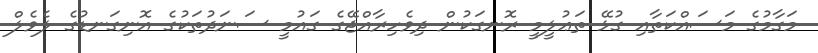
މަގާމުގެ މަސައްކަތާއި ގުޅޭ ތަޢުލީމީ ރޮނގަކުން ދިވެހިރާއްޖޭގެ ގައުމީ ސަނަދުތަކުގެ އޮނިގަނޑުގެ ލެވެލް